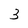
Character: 3